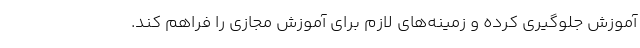
آموزش جلوگیری کرده و زمینه‌های لازم برای آموزش مجازی را فراهم کند.